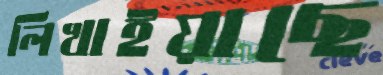
লিখাইয়াছে